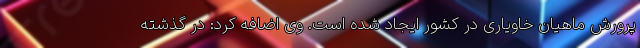
پرورش ماهیان خاویاری در کشور ایجاد شده است. وی اضافه کرد: در گذشته